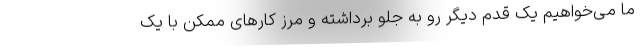
ما می‌خواهیم یک قدم دیگر رو به جلو برداشته و مرز کارهای ممکن با یک